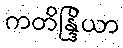
ကတိန္ဒြိယာ